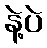
နဲ့ပဲ